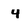
Character: 4